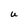
Character: U